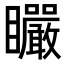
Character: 𥍓